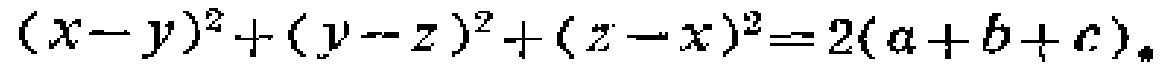
\((x - y)^2+(y - z)^2+(z - x)^2 = 2(a + b + c)\)